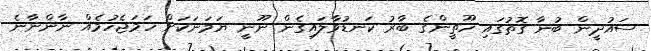
ސައުދީން ބުނާ ގޮތުގައި ހޫތީންގެ ބާރު ކަނޑުވާލައިގެން ނޫނީ ޔަމަނަކަށް ހަމަޖެހުމެއް ނާންނާނެ